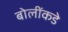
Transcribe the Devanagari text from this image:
बोलींकडे